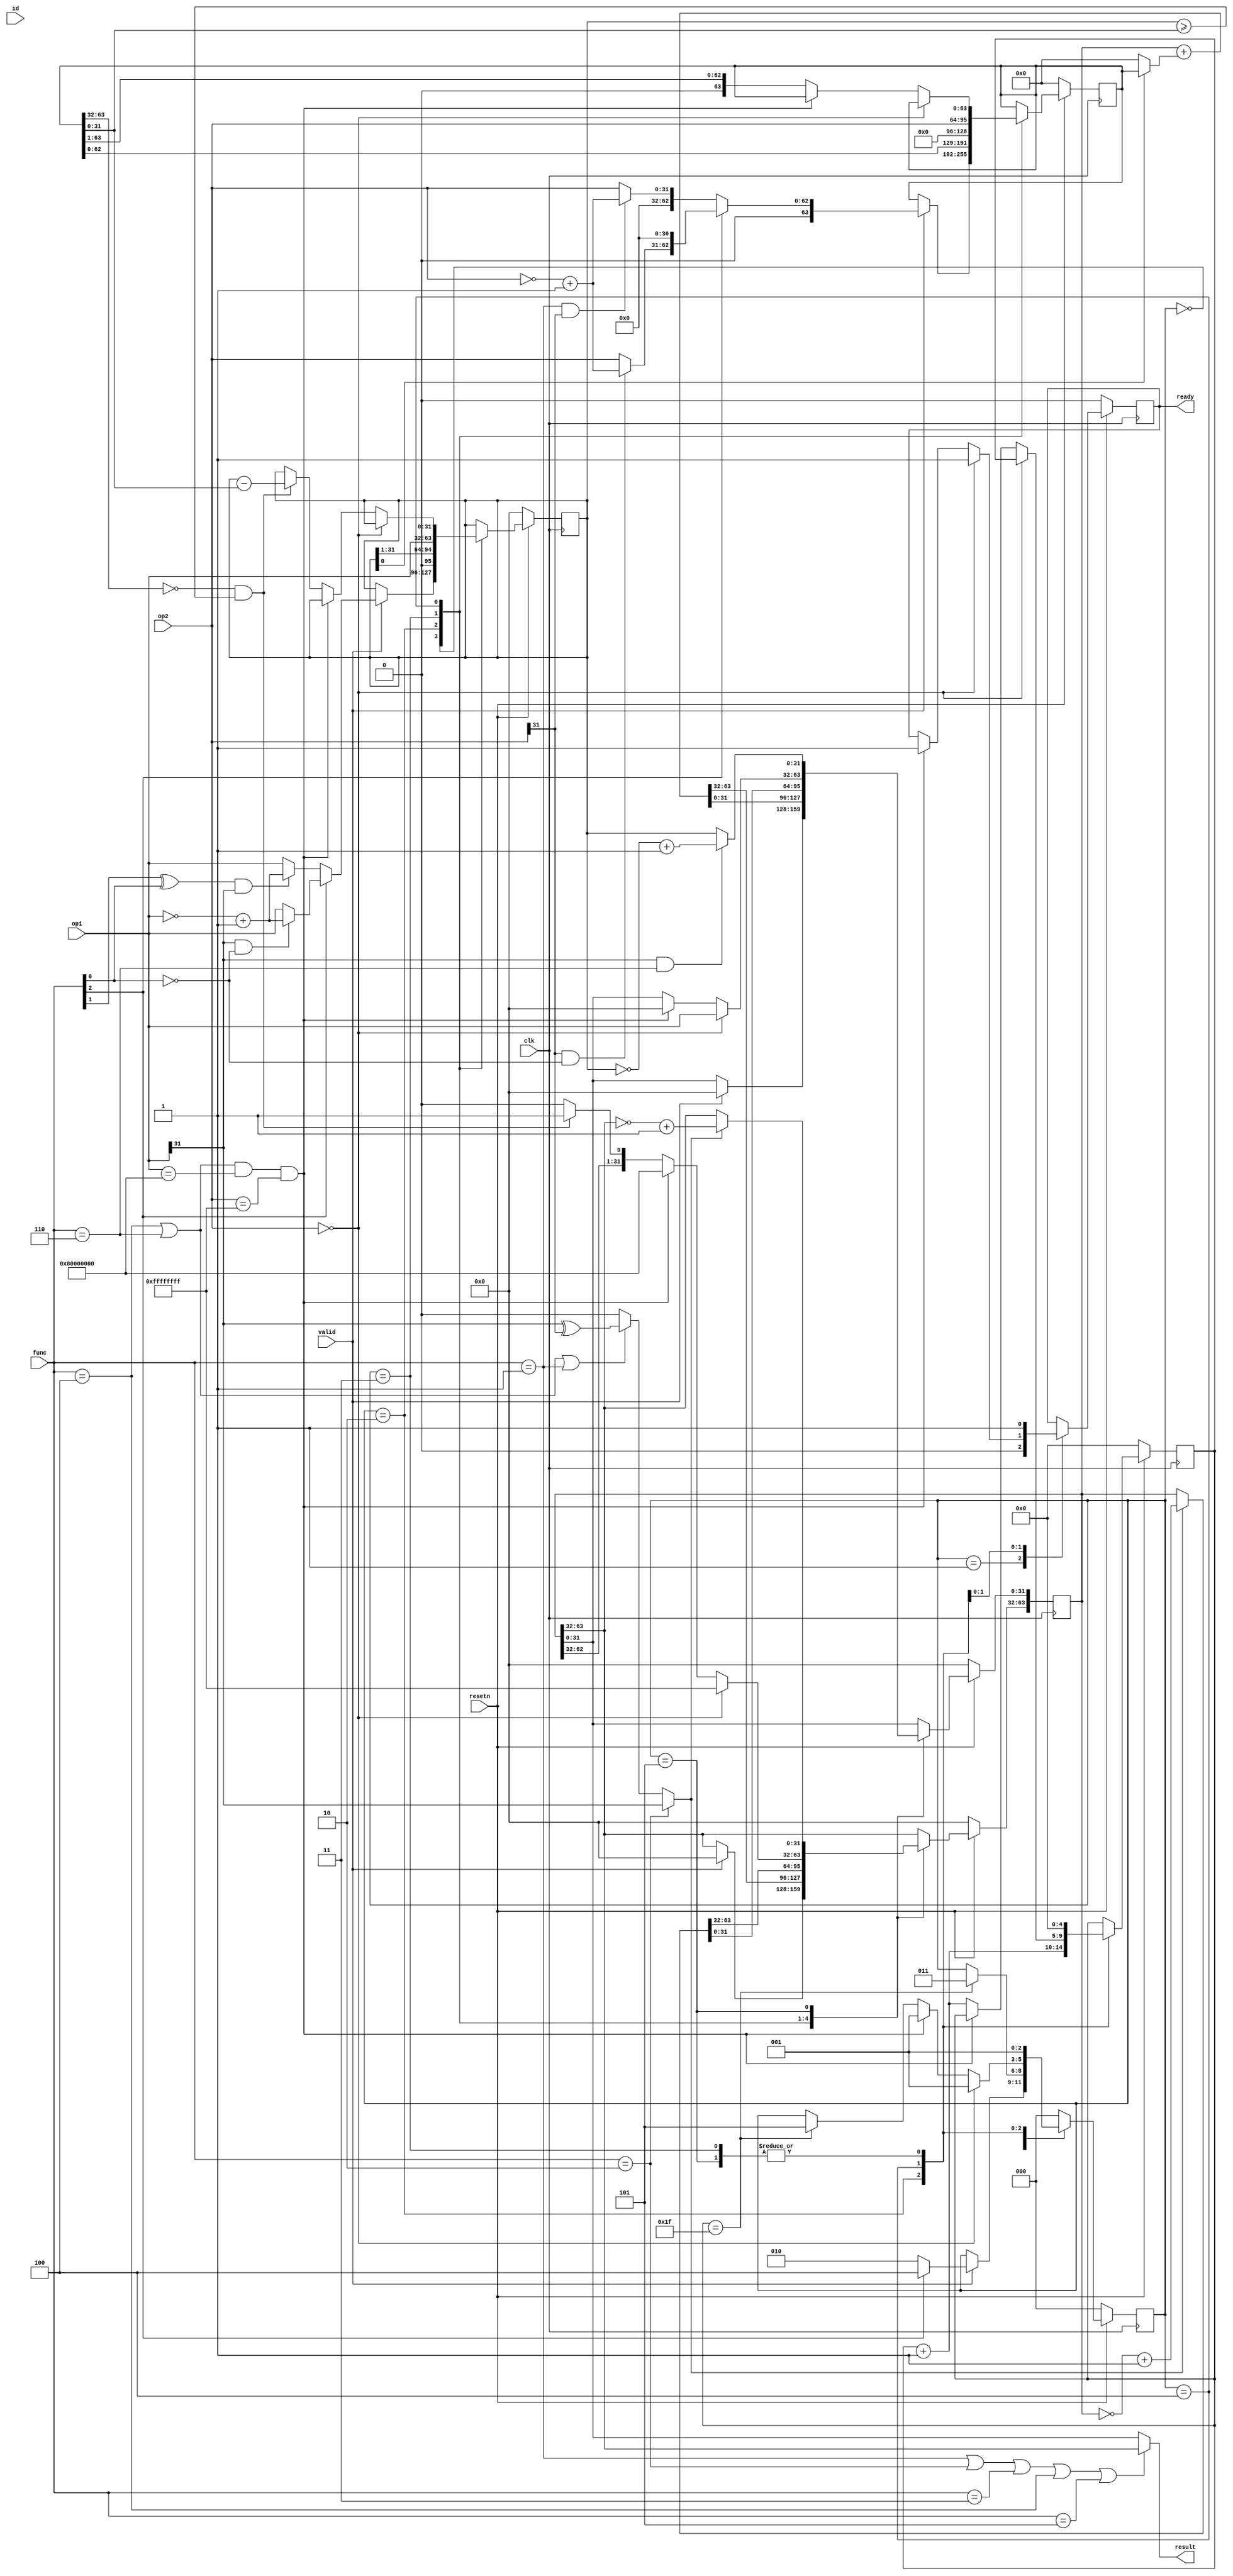

`ifndef VIGNA_COPROC
`define VIGNA_COPROC

module vigna_m_ext(
    input clk,
    input resetn,

    input         valid,
    output reg    ready,
    input  [2:0]  func,
    input  [2:0]  id,
    input  [31:0] op1,
    input  [31:0] op2,
    output [31:0] result
);

    reg [31:0] d1;
    reg [63:0] d2;
    reg [63:0] dr;
    reg [2:0]  state;
    reg [4:0]  ctr;

    wire is_mul, is_mulh, is_mulhsu, is_mulhu;
    assign is_mul    = func == 3'b000;
    assign is_mulh   = func == 3'b001;
    assign is_mulhsu = func == 3'b010;
    assign is_mulhu  = func == 3'b011;

    wire is_div, is_divu, is_rem, is_remu;
    assign is_div  = func == 3'b100;
    assign is_divu = func == 3'b101;
    assign is_rem  = func == 3'b110;
    assign is_remu = func == 3'b111;


    wire sign;

    assign sign = is_mulhsu                   ? op1[31] :
                  is_div || is_rem || is_mulh ? op1[31] ^ op2[31] : 0;

    assign result = (is_mulh || is_mulhsu || is_mulhu || is_div || is_divu) ? dr[63:32] : dr[31:0];

    always @ (posedge clk) begin
        if (!resetn) begin
            d1     <= 0;
            d2     <= 0;
            dr     <= 0;
            state  <= 0;
            ctr    <= 0; 
            ready  <= 0;
        end
        else begin 
            case (state)
                0: begin 
                    if (valid) begin
                        if (!func[2]) begin
                            d1 <= ((func[1] ^ func[0]) && op1[31]) ? (~op1 + 32'd1) : op1;
                            d2 <= {32'd0, (is_mulh && op2[31]) ? (~op2 + 32'd1) : op2};
                            state <= 2;
                            dr <= 0;
                        end
                        else begin
                            d1 <= (op1[31] && !func[0]) ? ~op1 + 32'd1 : op1;
                            d2 <= {1'b0, (op2[31] && !func[0]) ? (~op2 + 32'd1) : op2, 31'd0};
                            state <= 4;
                            dr <= 0;
                        end
                    end
                end
                1: begin // wait_stage
                    ready <= 0;
                    state <= 0;
                end
                2: begin //mul_calc_stage
                    dr <= dr + (d1[0] ? d2 : 0);
                    d1 <= {1'b0, d1[31:1]};
                    d2 <= {d2[62:0], 1'b0};
                    ctr <= ctr + 5'd1;
                    if (ctr == 5'd31) 
                        state <= 3;
                end
                3: begin
                    d1 <= op1;
                    d2 <= op2;
                    dr <= sign ? (~dr + 64'd1) : dr;
                    state <= 1;
                    ready <= 1;
                    ctr   <= 0;
                end
                4: begin
                    if (op2 == 0) begin
                        state <= 1;
                        ready <= 1;
                        dr <= {32'hffffffff, op1};
                    end
                    else if ((is_div || is_rem) && (op1 == 32'h80000000) && (op2 == 32'hffffffff) ) begin
                        state <= 1;
                        ready <= 1;
                        dr <= {32'h80000000, 32'h0};
                    end
                    else begin
                        if (d2[63:32] == 0 && d1 >= d2[31:0]) begin
                            d1 <= d1 - d2[31:0];
                            dr[63:32] <= {dr[62:32], 1'b1};
                        end
                        else 
                            dr[63:32] <= {dr[62:32], 1'b0};
                        d2 <= {1'b0, d2[63:1]};
                        ctr <= ctr + 1;
                        if (ctr == 5'd31) 
                            state <= 5;
                    end
                end
                5: begin
                    dr[31:0] <= op1[31] & is_rem ? (~d1[31:0] + 32'd1) : d1[31:0];
                    dr[63:32] <= sign ? (~dr[63:32] + 32'd1) : dr[63:32];
                    state <= 1;
                    ready <= 1;
                    ctr   <= 0;
                end
                default: begin
                    state <= 0;
                end
            endcase
        end
    end

endmodule

`endif